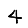
Digit: 4